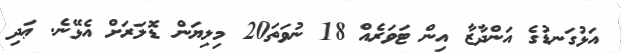
އަޅުގަނޑުގެ އަންދާޒާ އިން ޓަވަރެއް 18 ނުވަތަ20 މިލިޔަން ޑޮލަރަށް އެޅޭނެ. ޢަދި